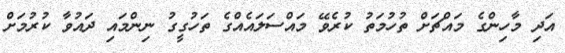
އަދި މާހިންގެ މައްޗަށް ތުހުމަތު ކުރެވޭ މައްސަލައެއްގެ ތަހުގީގު ނިންމައި ދައުވާ ކުރުމަށް